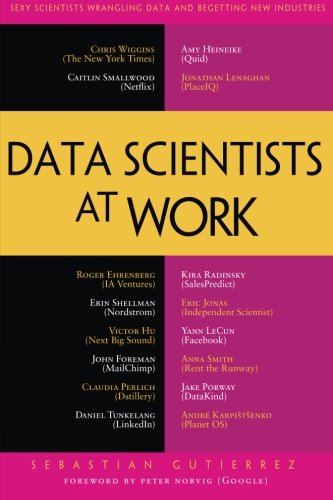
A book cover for Data Scientists at Work; Sebastian Gutierrez; Computers & Technology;